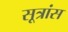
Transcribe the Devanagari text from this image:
सूत्रांस